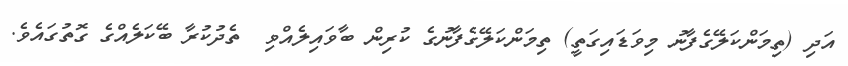
އަދި (ތިމަންކަލޭގެފާނު މިވަޑައިގަތީ) ތިމަންކަލޭގެފާނުގެ ކުރިން ބާވައިލެއްވި  ތެދުކުރާ ބޭކަލެއްގެ ގޮތުގައެވެ.